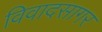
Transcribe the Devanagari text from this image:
विवादसागर